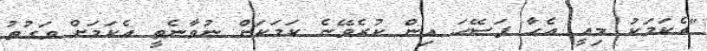
"އެކަމަކު މިއީ އެހާ ފަސޭހަ އިން ކުރެވޭނެ ކަމަކަށް ނުވާނެތީ އެކަމަށް ވަގުތު